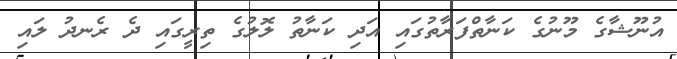
އުނޫޝާގެ މޫނުގެ ކަނާތްފަރާތުގައި އަދި ކަނާތު ލޮލުގެ ތިރީގައި ދެ ރެނދު ލައި